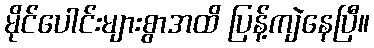
မိုင်ပေါင်းများစွာအထိ ပြန့်ကျဲနေပြီ။